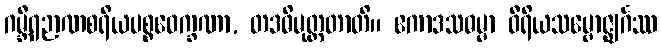
ဂမ္ဘီရဉာဏစရိယပစ္စဝေက္ခဏာ, တဒဓိမုတ္တတာတိ။ ဧကာဒသဓမ္မာ ဝီရိယသမ္ဗောဇ္ဈင်္ဂဿ